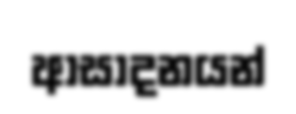
ආසාදනයන්